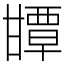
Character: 㽑